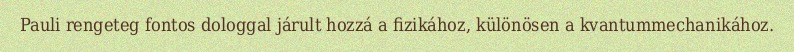
Pauli rengeteg fontos dologgal járult hozzá a fizikához, különösen a kvantummechanikához.